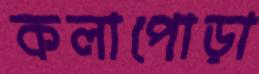
কলাপোড়া